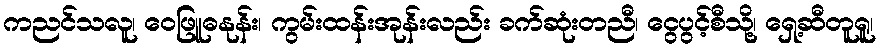
ကညင်သလူ၊ ဝေဖြူဓနုန်း၊ ကွမ်းထန်းအုန်းလည်း ခက်ဆုံးတညီ၊ ငွေပွင့်စီသို့၊ ရှေ့ဆီတူရူ၊